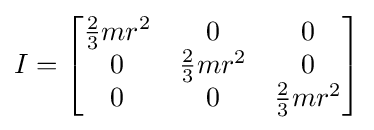
I={\begin{bmatrix}{\frac {2}{3}}mr^{2}&0&0\\0&{\frac {2}{3}}mr^{2}&0\\0&0&{\frac {2}{3}}mr^{2}\end{bmatrix}}